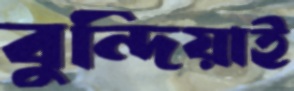
বুন্দিয়াই